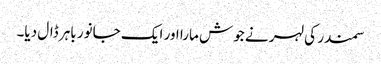
سمندر کی لہر نے جوش مارا اور ایک جانور باہر ڈال دیا۔